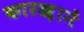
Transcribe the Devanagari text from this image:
कारख़ानें